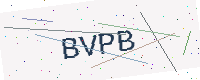
Text: BVPB